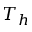
T _ { h }